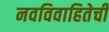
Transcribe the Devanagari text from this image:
नवविवाहितेची